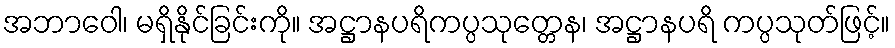
အဘာဝေါ၊ မရှိနိုင်ခြင်းကို။ အဋ္ဌာနပရိကပ္ပသုတ္တေန၊ အဋ္ဌာနပရိ ကပ္ပသုတ်ဖြင့်။